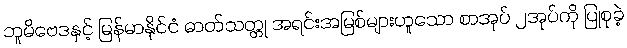
ဘူမိဗေဒနှင့် မြန်မာနိုင်ငံ ဓာတ်သတ္တု အရင်းအမြစ်များဟူသော စာအုပ် ၂အုပ်ကို ပြုစုခဲ့